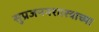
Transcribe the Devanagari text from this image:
सुप्रजननशास्त्राच्या